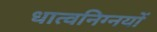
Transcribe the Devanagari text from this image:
धात्वनिग्नयों